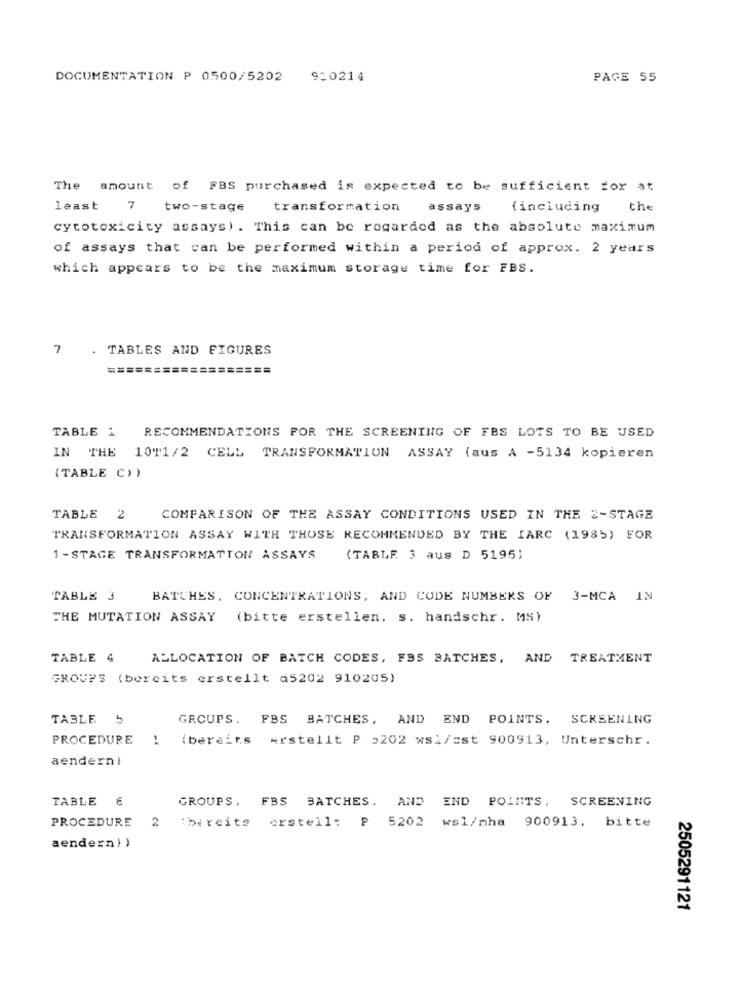
DOCUMENTATION P 0500/5202 930214
PAGE 55
The amount of FBS purchased is expected to be sufficient for at
least 7 two-stage
transformation
assays (including
the
cytotoxicity assays). This can be regarded as the absolute maximum
of assays that can be performed within a period of approx. 2 years
which appears to be the maximum storage time for FBS.
7
. TABLES AND FIGURES
=======
TABLE 1
RECOMMENDATIONS FOR THE SCREENING OF FBS LOTS TO BE USED
IN THE
1011/2 CELL TRANSFORMATION ASSAY (aus A -5134 kopieren
(TABLE C))
TABLE 2
COMPARISON OF THE ASSAY CONDITIONS USED IN THE 2-STAGE
TRANSFORMATION ASSAY WITH THOSE RECOMMENDED BY THE IARC (1985) FOR
1-STAGE TRANSFORMATION ASSAYS
(TABLE 3 aus D 5195;
TABLE 3
BATCHES, CONCENTRATIONS, AND CODE NUMBERS OF 3-MCA IN
THE MUTATION ASSAY
(bitte erstellen. s. handschr. MS)
TABLE 4
ALLOCATION OF BATCH CODES, FBS BATCHES, AND TREATMENT
GROUPS (bereits erstellt a5202 910205)
TABLE 5
GROUPS. FBS BATCHES, AND END POINTS. SCREENING
PROCEDURE ! (bereits erstellt P 5202 wsi/cst 900913, Unterschr.
aendern !
TABLE 6
GROUPS, FBS BATCHES. AND END POINTS. SCREENING
PROCEDURE 2
bereits erstell: P 5202 wsl/mha 900913, bitte
aendern ) )
2505291121